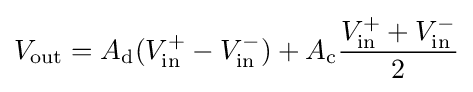
V_{\text{out}}=A_{\text{d}}(V_{\text{in}}^{+}-V_{\text{in}}^{-})+A_{\text{c}}{\frac {V_{\text{in}}^{+}+V_{\text{in}}^{-}}{2}}